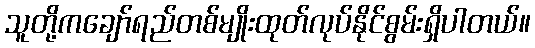
သူတို့ကချော်ရည်တစ်မျိုးထုတ်လုပ်နိုင်စွမ်းရှိပါတယ်။